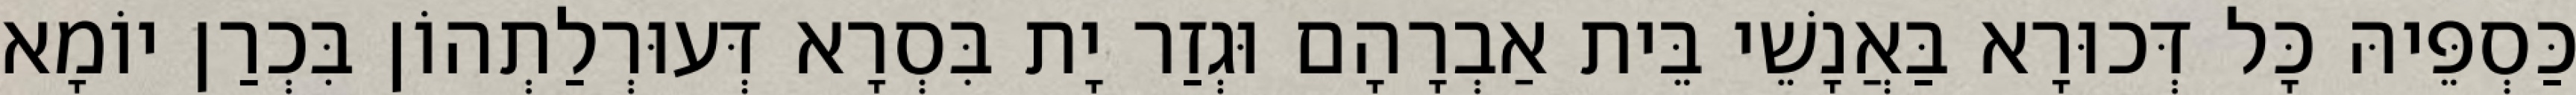
כַּסְפֵּיהּ כָּל דְּכוּרָא בַּאֲנָשֵׁי בֵּית אַבְרָהָם וּגְזַר יָת בִּסְרָא דְּעוּרְלַתְהוֹן בִּכְרַן יוֹמָא